Report on the cholera epidemic of
Year: 1868
Disease focus: Cholera
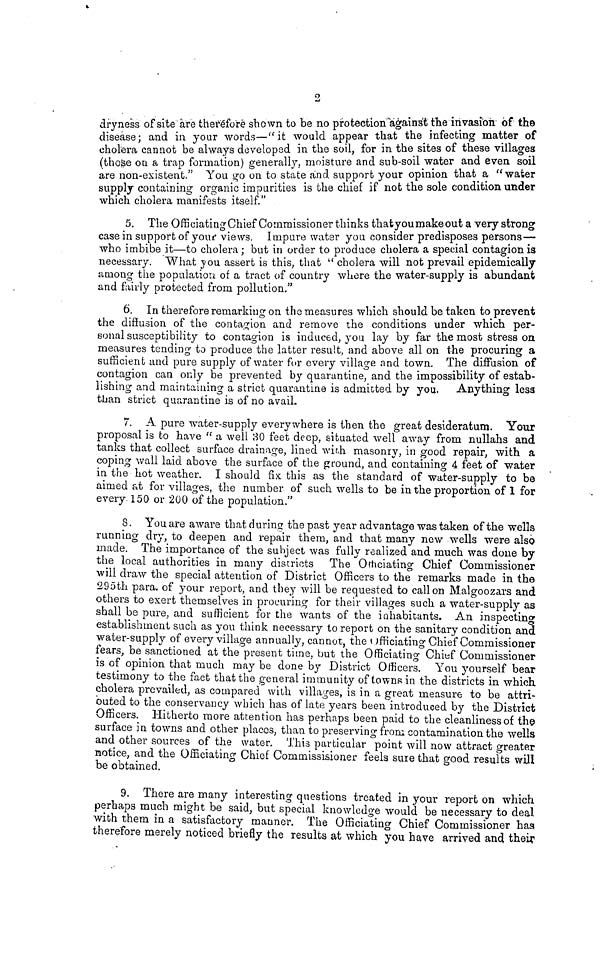
2
dryness of site are therefore shown to be no protection against the invasion of the
disease: and in your words—" it would appear that the infecting matter of
cholera cannot be always developed in the soil, for in the sites of these villages
(those on a trap formation) generally, moisture and sub-soil water and even soil
are non-existent." You go on to state and support your opinion that a water
supply containing organic impurities is the chief if not the sole condition under
which cholera manifests itself."
5. The Officiating Chief Commissioner thinks that you make ont a very strong
case in support of your views. Impure water you consider predisposes persons—
who imbibe it—to cholera ; but in order to produce cholera a special contagion is
necessary. What you assert is this, that " cholera will not prevail epidemically
among the population of a tract of country where the water-supply is abundant
and fairly protected from pollution."
6. In therefore remarking on the measures which should be taken to prevent
the diffusion of the contagion, and remove the conditions under which per-
sonal susceptibility to contagion is induced, you lay by far the most stress on
measures tending to produce the latter result, and above all on the procuring a
sufficient and pure supply of water for every village and town. The diffusion of
contagion can only be prevented by quarantine, and the impossibility of estab-
lishing and maintaining a strict quarantine is admitted by you. Anything less
than strict quarantine is of no avail.
7. A pure water-supply everywhere is then the great desideratum. Your
proposal is to have " a well 30 feet deep, situated well away from nullahs and
tanks that collect surface drainage, lined with masonry, in good repair, with a
coping wall laid above the surface of the ground, and containing 4 feet of water
in the hot weather. I should fix this as the standard of water-supply to be
aimed at for villages, the number of such wells to be in the proportion of 1 for
every 150 or 200 of the population."
8. You are aware that during the past year advantage was taken of the wells
running dry, to deepen and repair them, and that many new wells were also
made. The importance of the subject was fully realized and much was done by
the local authorities in many districts The Othciating Chief Commissioner
will draw the special attention of District Officers to the remarks made in the
295th para. of your report, and they will be requested to callón Malgoozars and
others to exert themselves in procuring for their villages such a water-supply as
shall be pure, and sufficient for the wants of the inhabitants. An inspecting
establishment such as you think necessary to report on the sanitary condition and
water-supply of every village annually, cannot, the officiating Chief Commissioner
fears, be sanctioned at the present time, but the Officiating Chief Commissioner
is of opinion that much may be done by District Officers. You yourself bear
testimony to the fact that the general immunity of towns in the districts in which
cholera prevailed, as compared with villages, is in a great measure to be attri-
buted to the conservancy which has of late years been introduced by the District
Officers. Hitherto more attention has perhaps been paid to the cleanliness of the
surface in towns and other places, than to preserving from contamination the wells
and other sources of the water. This particular point will now attract greater
notice, and the Officiating Chief Comrnissisioner feels sure that good results will
be obtained.
9. There are many interesting questions treated in your report on which
perhaps much might be said, but special knowledge would be necessary to deal
with them in a satisfactory manner. The Officiating Chief Commissioner has
therefore merely noticed briefly the results at which you have arrived and their